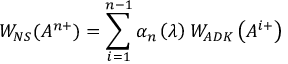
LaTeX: W _ { N S } ( A ^ { n + } ) = \sum _ { i = 1 } ^ { n - 1 } \alpha _ { n } \left( \lambda \right) W _ { A D K } \left( A ^ { i + } \right)